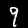
Label: 9